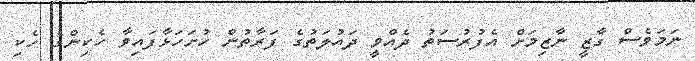
ނަމަވެސް ގާޒީ ނާޒިމަށް އެފުރުސަތު ދެއްވީ ދައުލަތުގެ ފަރާތުން ހުށަހަޅާފައިވާ ހެކިންގެ ހެކި